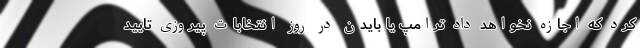
کرد که اجازه نخواهد داد ترامپ یا بایدن در روز انتخابات پیروزی تایید